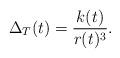
LaTeX: \begin{align*} \Delta_T(t) = \frac{k(t)}{r(t)^3}.\end{align*}